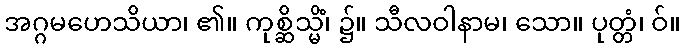
အဂ္ဂမဟေသိယာ၊ ၏။ ကုစ္ဆိသ္မိံ၊ ၌။ သီလဝါနာမ၊ သော။ ပုတ္တံ၊ ဝ်။